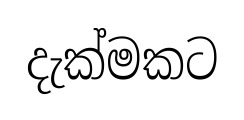
දැක්මකට